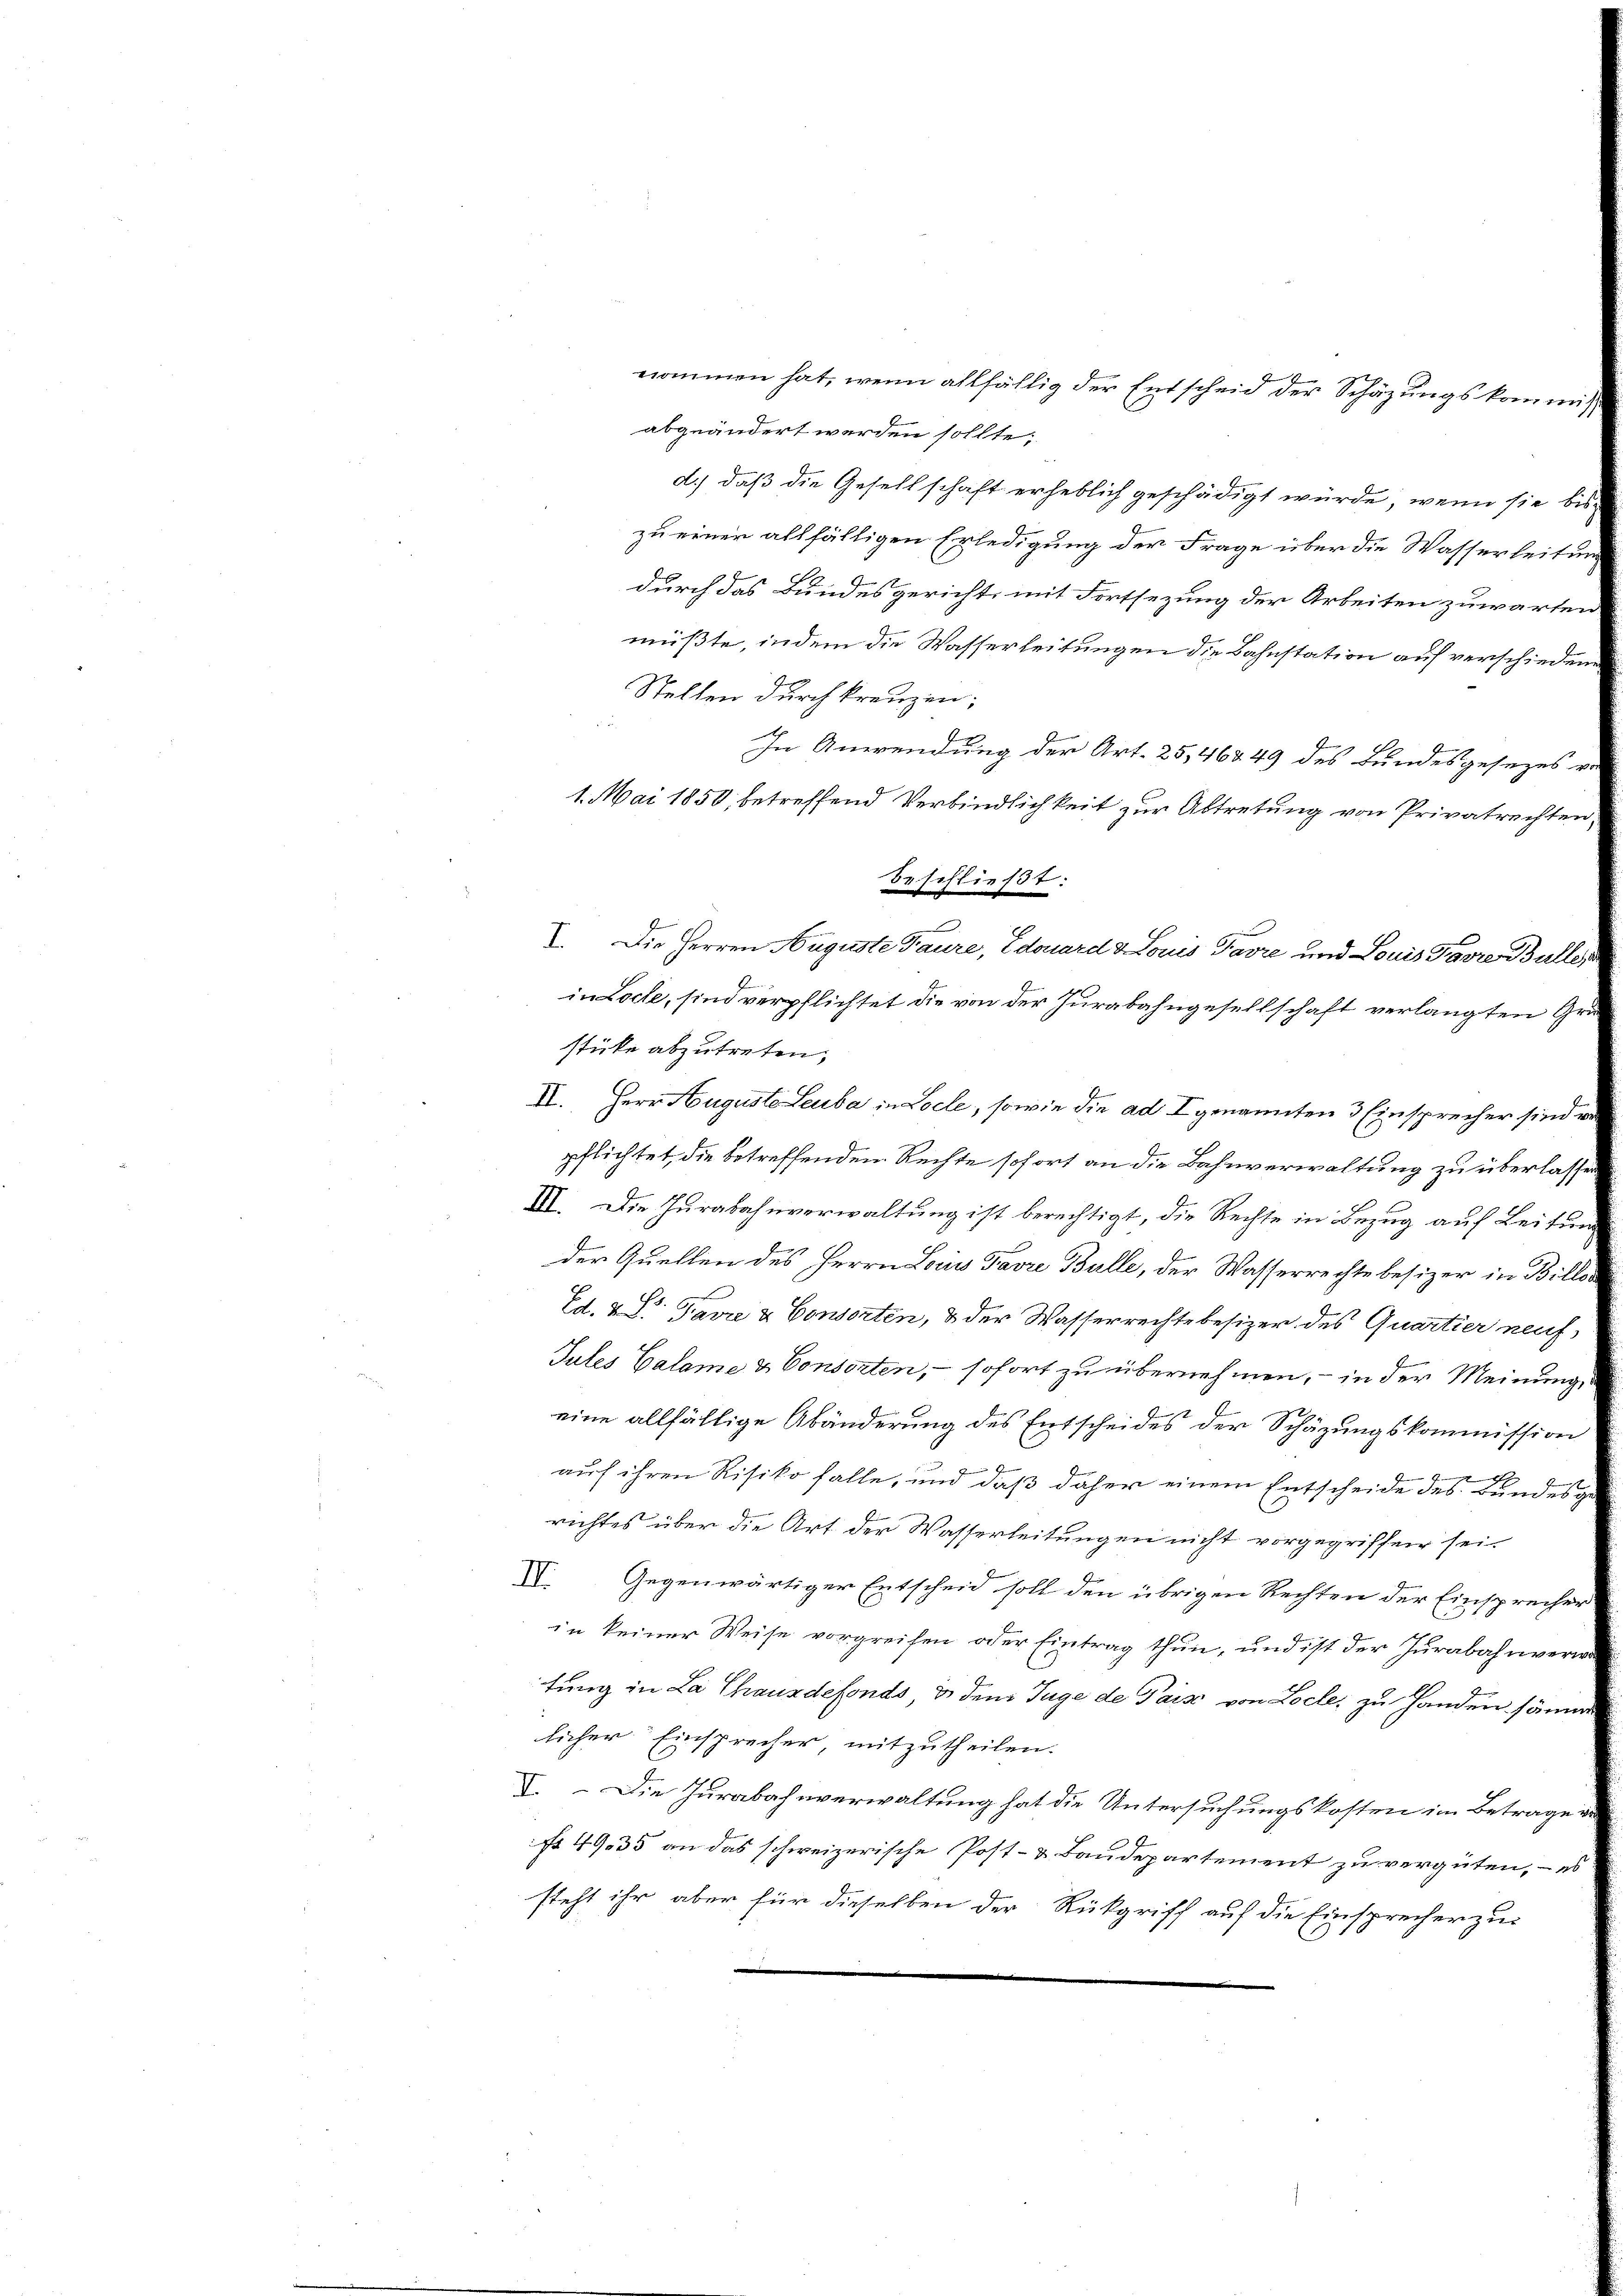
nommen hat, wenn allfällig der Entscheid der Schäzungskommisabgeändert werden sollte;
d.) daß die Gesellschaft erheblich geschädigt würde, wenn sie bis
zu einer allfälligen Erledigung der Frage über die Wasserleitun
durch das Bundesgericht mit Fortsezung der Arbeiten zuwarten
müßte, indem die Wasserleitungen die Bahnstation auf verschieden
stücke abzutreten;
II. Herr Huguste Leuba in Locle, sowie die ad I genannten 3 Einsprecher sind vo
pflichtet, die betreffenden Rechte sofort an die Bahnverwaltung zu überlasse
III. Die Jurabahnverwaltung ist berechtigt, die Rechte in Bezug auf Leitun
der Quellen des Herrn Louis Favre Bulle, der Wasserrechte besizer in Billes
Ed. v. dr. Favre & Consorten, & der Wasserrechte besizer des Quartier neuf
Jules Calame & Consorten, - sofort zu übernehmen, – in der Meinung,
eine allfällige Abänderung des Entscheides der Schäzungskommission
u
auf ihren Risiko falle, und daß daher einem Entscheide des Bundesg
richtes über die Art der Wasserleitungen nicht vorgegriffen sei.
X Gegenwärtiger Entscheid soll den übrigen Rechten der Einsprecher
in keiner Weise vorgreifen oder Eintrag thun, und ist der Jurabahnverw
tung in La Chausdefonds, & den Juge de Pars von Loche, zu Hander könne
licher Einsprecher, mitzutheilen.
V. - Die Jurabahnverwaltung hat die Untersuchungskosten im Betrage
No 4935 an das schweizerische Post- & Baudepartement zu vergüten, - es
steht ihr aber für dieselben der Rückgriff auf die Einsprecher zu-

Stellen durchkreuzen;

In Anwendung der Art. 25,46849 des Bundesgesezes
1. Mai 1850, betreffend Verbindlichkeit zur Abtretung von Privatrechten
beschließt:

I. Die Herren Auguste Taure, Edouard & Louis Favre und Louis Parre Bulle,

in Loche, sind verpflichtet die von der Jurabahngesellschaft verlangten Grü¬